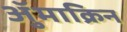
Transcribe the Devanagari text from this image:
ॲुमाक्रिन